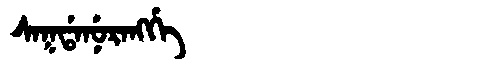
Manchu: ᠰᠠᡴᡩᠠᠨᡠᡵᠠᠩᡤᡝ
Romanization: SAKDANURANGGE